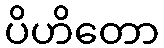
ပိဟိတော